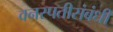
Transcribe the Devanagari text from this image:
वनस्पतीसंबंधी